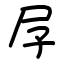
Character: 㞌